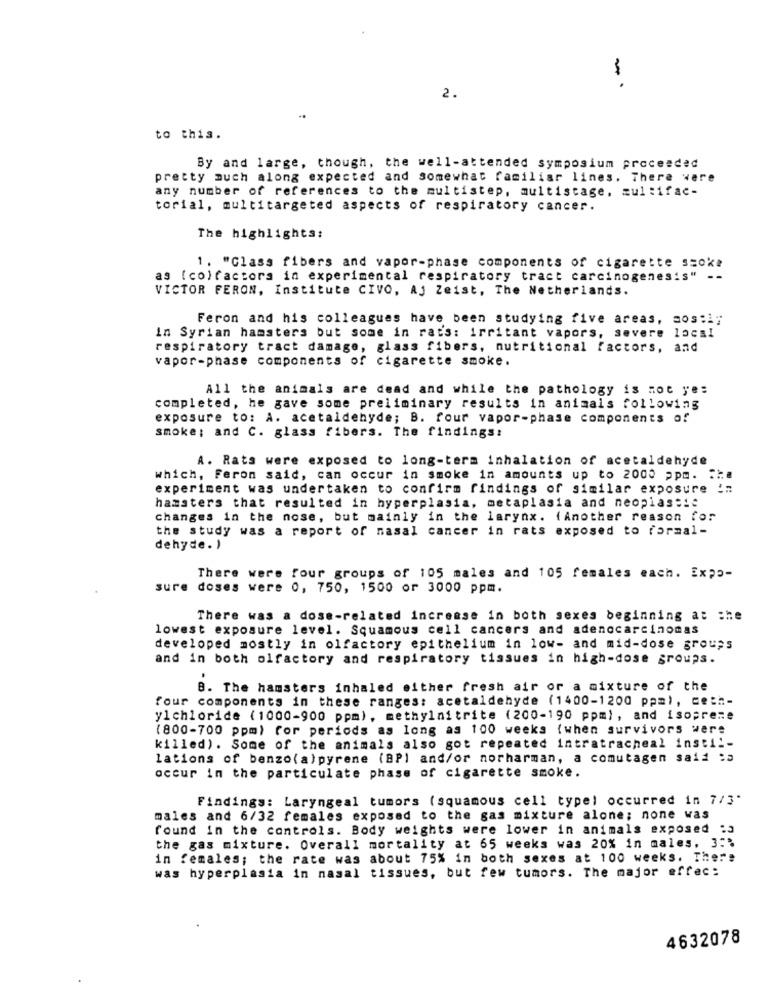
2.
to this.
By and large, though, the well-attended symposium proceeded
pretty much along expected and somewhat familiar lines. There were
any number of references to the multistep, multistage, multifac-
torial, multitargeted aspects of respiratory cancer.
The highlights:
1. "Class fibers and vapor-phase components of cigarette szoka
as (co)factors in experimental respiratory tract carcinogenesis" --
VICTOR FERON, Institute CIVO, Aj Zeist, The Netherlands.
Feron and his colleagues have been studying five areas, aos:i;
in Syrian hamsters but some in rats: irritant vapors, severe local
respiratory tract damage, glass fibers, nutritional factors, and
vapor-phase components of cigarette smoke.
All the animals are dead and while the pathology is mot ye:
completed, he gave some preliminary results in animals following
exposure to: A. acetaldehyde; B. four vapor-phase components of
smoke; and C. glass fibers. The findings:
A. Rats were exposed to long-term inhalation of acetaldehyde
which, Feron said, can occur in smoke in amounts up to 2000 ppm. **
experiment was undertaken to confirm findings of similar exposure !:
hamsters that resulted in hyperplasia, metaplasia and neoplastic
changes in the nose, but mainly in the larynx. ( Another reason for
the study was a report of nasal cancer in rats exposed to formal-
dehyde. )
There were four groups of 105 males and 105 females each. Expo-
sure doses were 0, 750, 1500 or 3000 ppm.
There was a dose-related increase in both sexes beginning at the
lowest exposure level. Squamous cell cancers and adenocarcinomas
developed mostly in olfactory epithelium in low- and mid-dose groups
and in both olfactory and respiratory tissues in high-dose groups.
8. The hamsters inhaled either fresh air or a mixture of the
four components in these ranges: acetaldehyde (1400-1200 ppm), ceth-
ylchloride (1000-900 ppm), methylnitrite (200-190 ppm), and isopreme
(800-700 ppm) for periods as long as 100 weeks {when survivors were
killed). Some of the animals also got repeated intratracheal insti !-
lations of benzo(a)pyrene (BPI and/or norharman, a comutagen said :3
occur in the particulate phase of cigarette smoke.
Findings: Laryngeal tumors (squamous cell typel occurred in 7/3"
males and 6/32 females exposed to the gas mixture alone; none was
found in the controls. Body weights were lower in animals exposed :3
the gas mixture. Overall mortality at 65 weeks was 20% in males, 3:%
in females; the rate was about 75% in both sexes at 100 weeks. There
was hyperplasia in nasal tissues, but few tumors. The major effec:
4632078